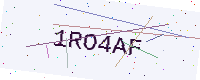
Text: 1RO4AF